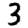
Digit: 3